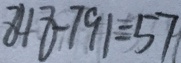
8 4 8 - 7 9 1 = 5 7